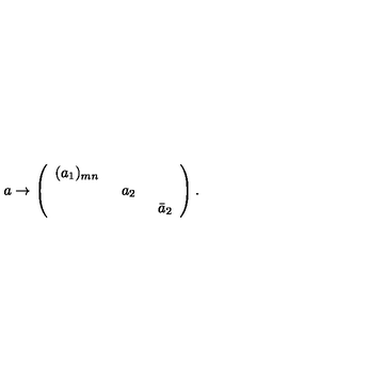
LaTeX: a \to \left( \begin{array} { c c c } { ( a _ { 1 } ) _ { m n } \enskip } & { } & { } \\ { } & { a _ { 2 } \enskip } & { } \\ { } & { } & { \bar { a } _ { 2 } } \\ \end{array} \right) .